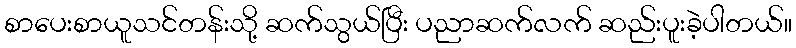
စာပေးစာယူသင်တန်းသို့ ဆက်သွယ်ပြီး ပညာဆက်လက် ဆည်းပူးခဲ့ပါတယ်။